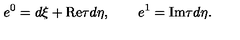
e ^ { 0 } = d \xi + \mathrm { R e } \tau d \eta , \quad \quad e ^ { 1 } = \mathrm { I m } \tau d \eta .